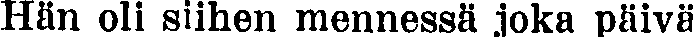
Hän oli siihen mennessä joka päivä